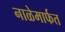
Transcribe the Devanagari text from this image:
नाळेमार्फत